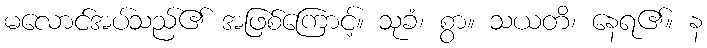
မလောင်အပ်သည်၏ အဖြစ်ကြောင့်။ သုခံ၊ စွာ။ သယတိ၊ နေရ၏။ န